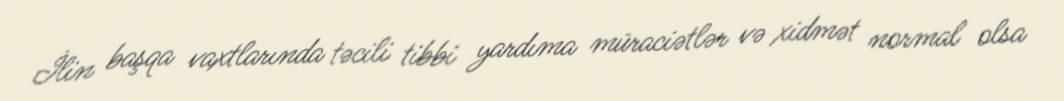
İlin başqa vaxtlarında təcili tibbi yardıma müraciətlər və xidmət normal olsa